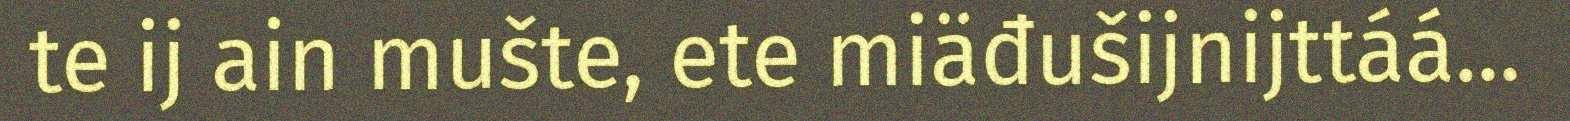
te ij ain mušte, ete miäđušijnijttáá...